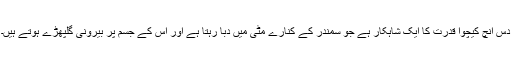
دس انچ کیچوا قدرت کا ایک شاہکار ہے جو سمندر کے کنارے مٹی میں دبا رہتا ہے اور اس کے جسم پر بیرونی گلپھڑے ہوتے ہیں۔